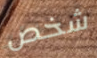
شخص